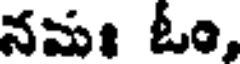
నమః ఓం,